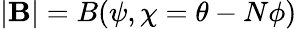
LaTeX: |\mathbf{B}|=B(\psi,\chi=\theta-N\phi)